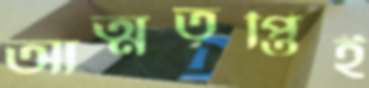
আত্মতৃপ্তিই